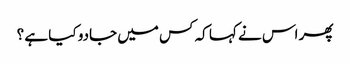
پھر اس نے کہا کہ کس میں جادو کیا ہے ؟